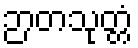
ဉာတသုတ္တံ